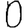
Digit: 0